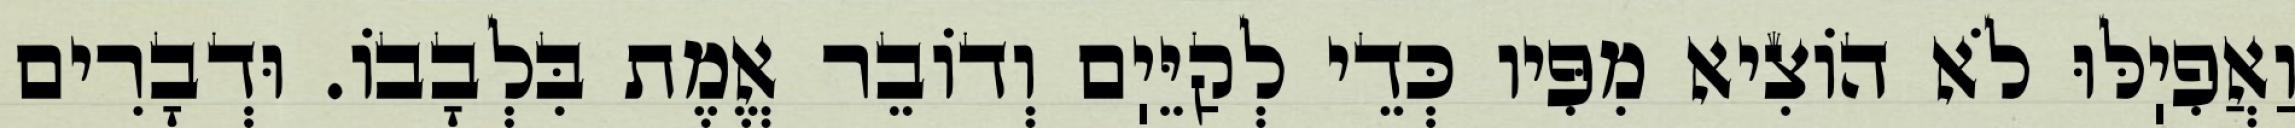
וַאֲפִיֽלּוּ לֹא הוֹצִיא מִפִּיו כְּדֵי לְקַיֵּיֽם וְדוֹבֵר אֱמֶת בִּלְבָבוֹ. וּדְבָרִים